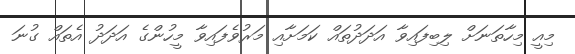
މިއީ މިހާތަނަށް ލިބިފައިވާ އަދަދުތައް ކަމަށާއި މަރުވެފައިވާ މީހުންގެ އަދަދު އެތައް ގުނަ